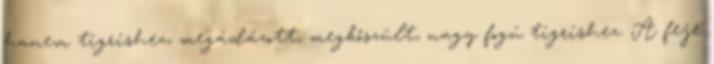
hanem tigrishez, megádázott, megbőszült, nagy fogú tigrishez. A feje